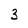
Character: 3